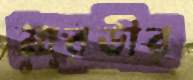
মারডীর